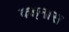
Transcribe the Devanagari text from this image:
कइनास